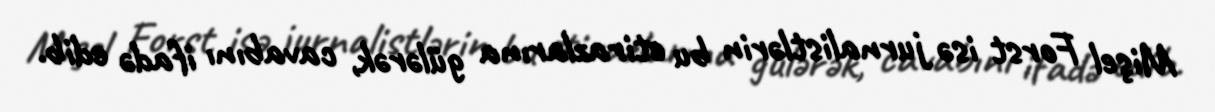
Mişel Forst isə jurnalistlərin bu etirazlarına gülərək, cavabını ifadə edib.